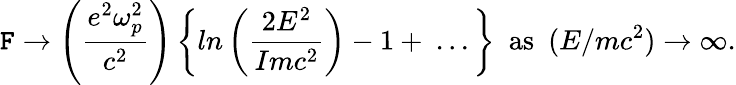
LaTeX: \mathtt{F}\to\left({\frac{{e^{2}\omega_{p}^{2}}}{{c^{2}}}}\right)\left\{ ln\left({\frac{{2E^{2}}}{{Imc^{2}}}}\right)-1+\ ...\right\} \ \ \mathrm{{as}}\ \ (E/mc^{2})\to\infty.